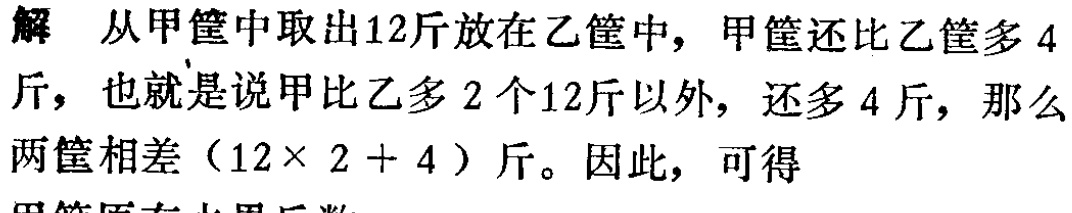
解 从甲筐中取出12斤放在乙筐中，甲筐还比乙筐多 4斤，也就是说甲比乙多 2 个12斤以外，还多 4 斤，那么两筐相差（$12\times 2 + 4$）斤。因此，可得